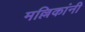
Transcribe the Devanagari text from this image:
मल्लिकांनी